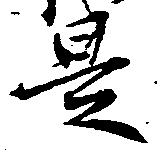
是